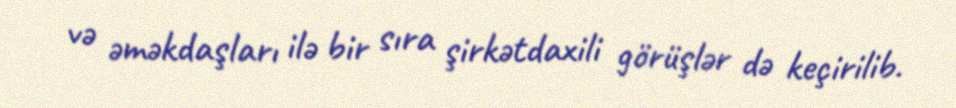
və əməkdaşları ilə bir sıra şirkətdaxili görüşlər də keçirilib.